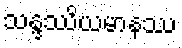
သန္ဒဿိယမာနဿ